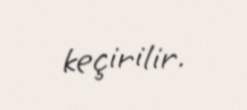
keçirilir.